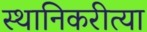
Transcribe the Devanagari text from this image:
स्थानिकरीत्या